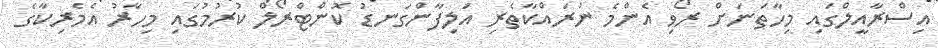
އިސްރާއީލްގައި މިހާތަނަށް ރޯވި އެންމެ ނުރައްކާތެރި އަލިފާންގަނޑު ކޮންޓްރޯލް ކުރުމުގައި މިހާރު އެމެރިކާގެ